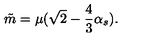
\tilde { m } = \mu ( \sqrt { 2 } - \frac { 4 } { 3 } \alpha _ { s } ) .